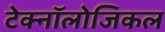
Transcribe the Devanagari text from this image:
टेक्नॉलोजिकल